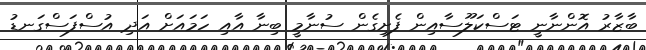
ބާޒާރު އޮންނާނީ ޓަސްކަލޫސާއިން ފެށިގެން ސުނާމީ ބިނާ އާއި ހަމައަށް އަދި އުސްފަސްގަނޑު